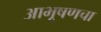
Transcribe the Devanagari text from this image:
आभूषणचा